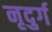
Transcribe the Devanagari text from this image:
नृदुर्ग